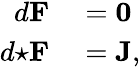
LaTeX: \begin{array}{rl}{d{\textbf{F}}}&{{}={\textbf{0}}}\\ {d{\star{\textbf{F}}}}&{{}={\textbf{J}},}\end{array}